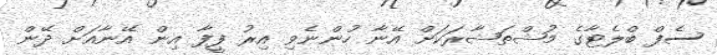
ސެފް ބްލެޓާގެ މުޝްތަޝާރަކަށް އޭނާ ހުންނެވި އިރު ފީފާ އިން އޭނާއަށް ދޭން